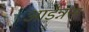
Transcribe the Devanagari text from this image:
आर्डेन्नस